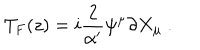
T _ { F } ( z ) = i { \frac { 2 } { \alpha ^ { \prime } } } \psi ^ { \mu } \partial X _ { \mu } \ .